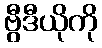
ဗွီဒီယိုကို